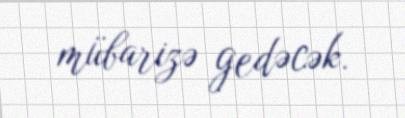
mübarizə gedəcək.